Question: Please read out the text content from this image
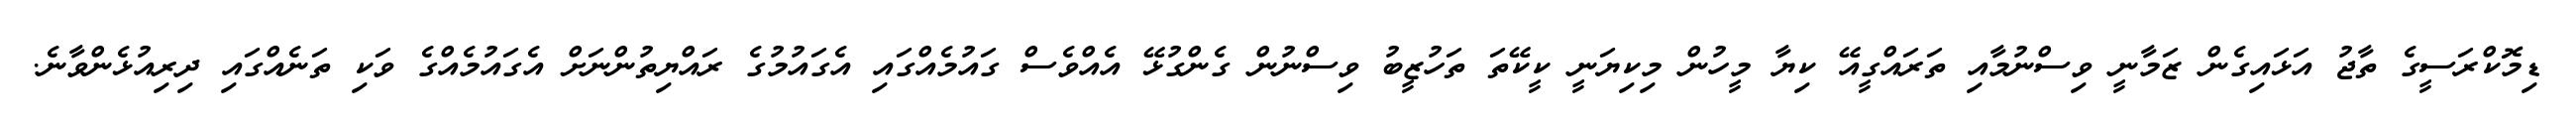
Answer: ޑިމޮކްރަސީގެ ތާޖު އަޅައިގެން ޒަމާނީ ވިސްނުމާއި ތަރައްގީއޭ ކިޔާ މީހުން މިކިޔަނީ ކީކޭތަ ތަހުޒީބު ވިސްނުން ގެންގުޅޭ އެއްވެސް ގައުމެއްގައި އެގައުމުގެ ރައްޔިތުންނަށް އެގައުމެއްގެ ވަކި ތަނެއްގައި ދިރިއުޅެންވާނެ.